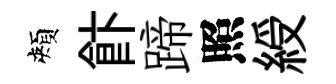
頰飰蹄照綬